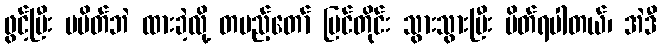
ဖွင့်ပြီး မပိတ်ဘဲ ထားခဲ့လို့ တပည့်တော် မြင်တိုင်း သွားသွားပြီး ပိတ်ရပါတယ်၊ အဲဒီ